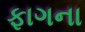
ફાગના